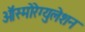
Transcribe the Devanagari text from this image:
ऑस्मोरेग्युलेशन